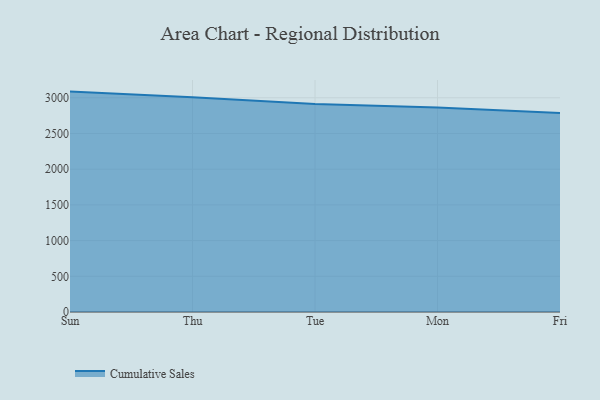
{"axis": {"x": "Day", "y": "Demand Index"}, "legend": ["Cumulative Sales"], "data": [{"x": "Sun", "y": 3086.6, "type": "Cumulative Sales"}, {"x": "Thu", "y": 3008.9, "type": "Cumulative Sales"}, {"x": "Tue", "y": 2914.4, "type": "Cumulative Sales"}, {"x": "Mon", "y": 2862.2, "type": "Cumulative Sales"}, {"x": "Fri", "y": 2786.9, "type": "Cumulative Sales"}]}